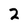
Character: 2